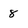
Character: 8